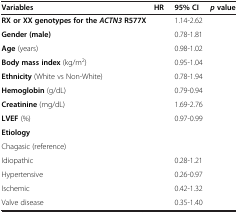
<table><thead><tr><td><b>Variables</b></td><td><b>HR</b></td><td><b>95% CI</b></td><td><b><i>p </i>value</b></td></tr></thead><tbody><tr><td><b>RX or XX genotypes for the </b><b><i>ACTN3 </i></b><b>R577X</b></td><td>[EMPTY_CELL]</td><td>1.14-2.62</td><td>[EMPTY_CELL]</td></tr><tr><td><b>Gender (male)</b></td><td>[EMPTY_CELL]</td><td>0.78-1.81</td><td>[EMPTY_CELL]</td></tr><tr><td><b>Age</b> (years)</td><td>[EMPTY_CELL]</td><td>0.98-1.02</td><td>[EMPTY_CELL]</td></tr><tr><td><b>Body mass index</b> (kg/m<sup>2</sup>)</td><td>[EMPTY_CELL]</td><td>0.95-1.04</td><td>[EMPTY_CELL]</td></tr><tr><td><b>Ethnicity</b> (White vs Non-White)</td><td>[EMPTY_CELL]</td><td>0.78-1.94</td><td>[EMPTY_CELL]</td></tr><tr><td><b>Hemoglobin</b> (g/dL)</td><td>[EMPTY_CELL]</td><td>0.79-0.94</td><td>[EMPTY_CELL]</td></tr><tr><td><b>Creatinine</b> (mg/dL)</td><td>[EMPTY_CELL]</td><td>1.69-2.76</td><td>[EMPTY_CELL]</td></tr><tr><td><b>LVEF</b> (%)</td><td>[EMPTY_CELL]</td><td>0.97-0.99</td><td>[EMPTY_CELL]</td></tr><tr><td><b>Etiology</b></td><td>[EMPTY_CELL]</td><td>[EMPTY_CELL]</td><td>[EMPTY_CELL]</td></tr><tr><td>Chagasic (reference)</td><td>[EMPTY_CELL]</td><td>[EMPTY_CELL]</td><td>[EMPTY_CELL]</td></tr><tr><td>Idiopathic</td><td>[EMPTY_CELL]</td><td>0.28-1.21</td><td>[EMPTY_CELL]</td></tr><tr><td>Hypertensive</td><td>[EMPTY_CELL]</td><td>0.26-0.97</td><td>[EMPTY_CELL]</td></tr><tr><td>Ischemic</td><td>[EMPTY_CELL]</td><td>0.42-1.32</td><td>[EMPTY_CELL]</td></tr><tr><td>Valve disease</td><td>[EMPTY_CELL]</td><td>0.35-1.40</td><td>[EMPTY_CELL]</td></tr></tbody></table>